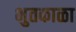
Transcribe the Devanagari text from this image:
भुतकाळा